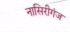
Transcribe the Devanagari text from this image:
नासिरीगंज